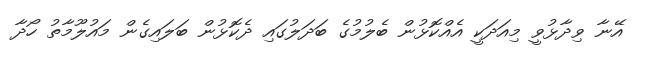
އޭނާ ވިދާޅުވީ މިއަދަކީ އެއްކޮޅުން ބެލުމުގެ ބަދަލުގައި ދެކޮޅުން ބަލައިގެން މައުލޫމާތު ހޯދާ